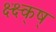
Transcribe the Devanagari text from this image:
क्ष्क्ष्क्ष्